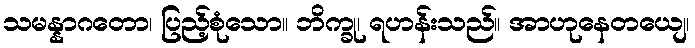
သမန္နာဂတော၊ ပြည့်စုံသော။ ဘိက္ခု၊ ရဟန်းသည်။ အာဟုနေတယျေ၊